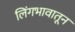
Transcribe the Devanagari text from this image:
लिंगभावातून